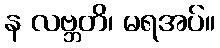
န လဗ္ဘတိ၊ မရအပ်။